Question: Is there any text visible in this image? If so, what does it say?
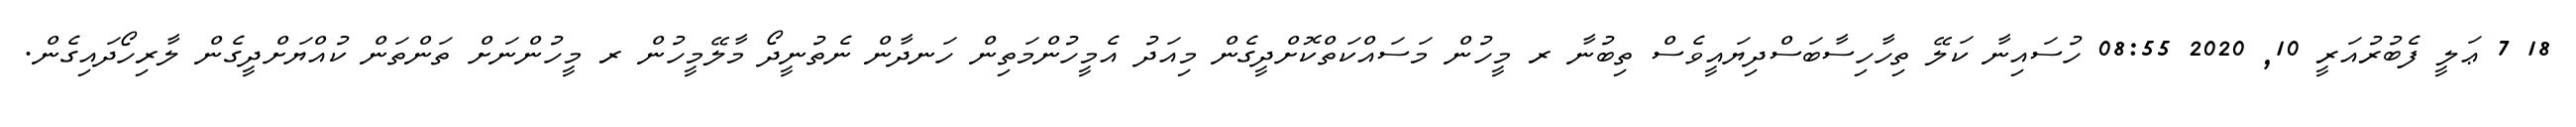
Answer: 18 7 ޢަލީ ފެބުރުއަރީ 10, 2020 08:55 ހުސައިނާ ކަލޭ ތިހާހިސާބަސްދިޔައީވެސް ތިބުނާ ރ މީހުން މަސައްކަތްކޮށްދީގެން މިއަދު އެމީހުންމަތިން ހަނދާން ނެތުނީދޯ މާލޭމީހުން ރ މީހުންނަށް ތަންތަން ކުއްޔަށްދީގެން ލާރިހޯދައިގެން.